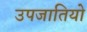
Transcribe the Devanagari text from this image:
उपजातियो